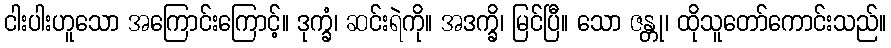
ငါးပါးဟူသော အကြောင်းကြောင့်။ ဒုက္ခံ၊ ဆင်းရဲကို။ အဒက္ခိ၊ မြင်ပြီ။ သော ဇန္တု၊ ထိုသူတော်ကောင်းသည်။